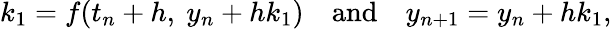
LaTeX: k_{1}=f(t_{n}+h,\ y_{n}+hk_{1})\quad{\mathrm{and}}\quad y_{n+1}=y_{n}+hk_{1},